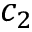
c _ { 2 }